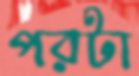
পরটা